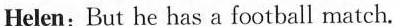
Helen: But he has a football match.